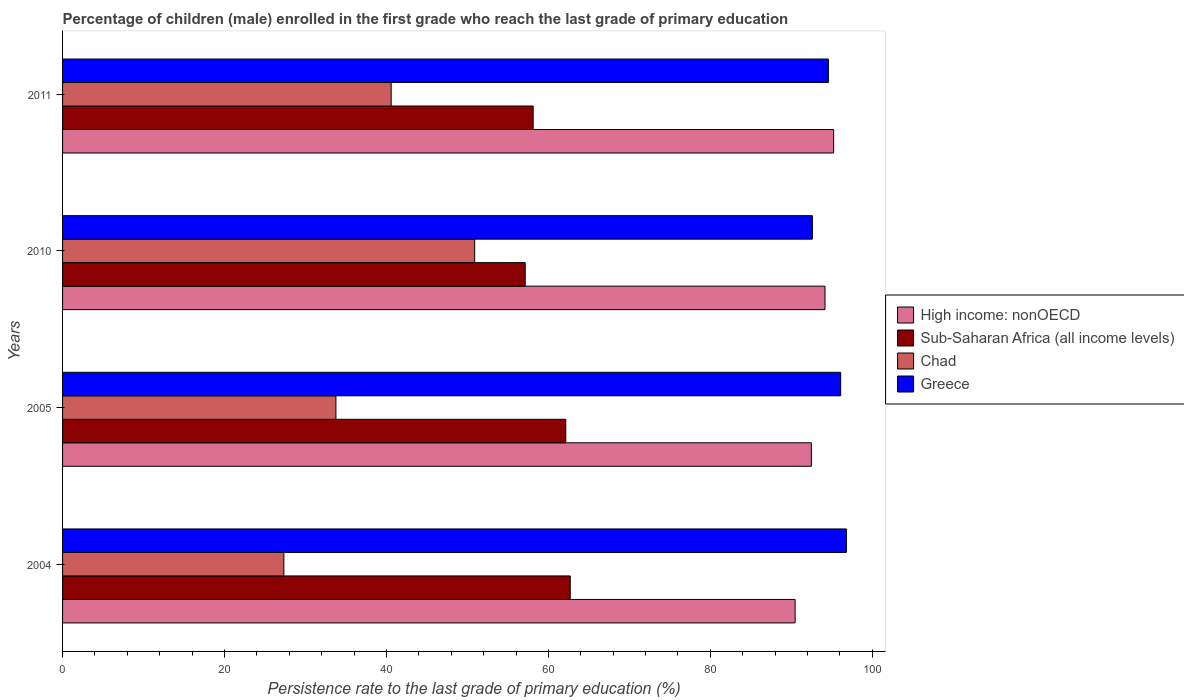
| Years | High income: nonOECD | Sub-Saharan Africa (all income levels) | Chad | Greece |
 | --- | --- | --- | --- | --- |
 | 2004 | 90.5 | 62.7 | 27.3 | 96.8 |
 | 2005 | 92.5 | 62.1 | 33.8 | 96.1 |
 | 2010 | 94.2 | 57.1 | 50.9 | 92.6 |
 | 2011 | 95.2 | 58.1 | 40.6 | 94.6 |